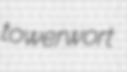
towerwort